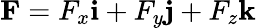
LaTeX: \mathbf{F}=F_{x}\mathbf{i}+F_{y}\mathbf{j}+F_{z}\mathbf{k}